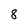
Character: 8